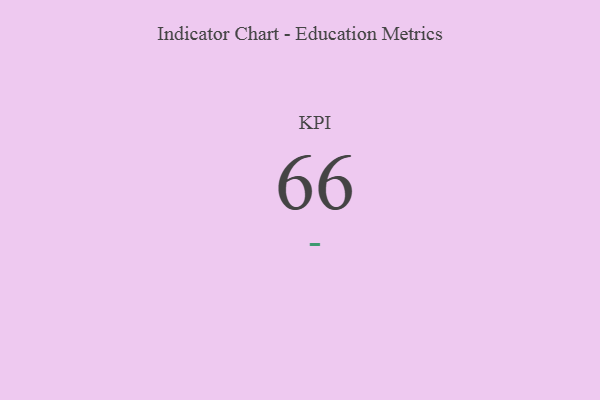
{"axis": {"x": "KPI", "y": "Value"}, "legend": [""], "data": [{"x": "KPI", "y": 66, "type": ""}]}